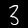
Label: 3